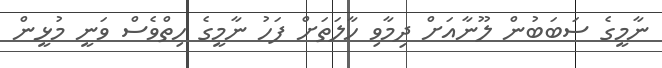
ނާމީގެ ސަބަބުން ލޫނާއަށް ދިމާވި ހާލަތަށް ފަހު ނާމީގެ ހިތްވެސް ވަނީ މުޅީން